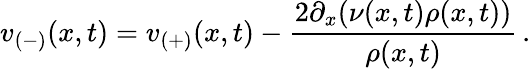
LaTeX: v_{(-)}(x,t)=v_{(+)}(x,t)-\frac{2\partial_{x}(\nu(x,t)\rho(x,t))}{\rho(x,t)}\, .